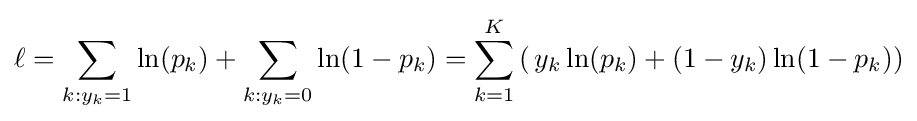
\ell =\sum _{k:y_{k}=1}\ln(p_{k})+\sum _{k:y_{k}=0}\ln(1-p_{k})=\sum _{k=1}^{K}\left(\,y_{k}\ln(p_{k})+(1-y_{k})\ln(1-p_{k})\right)